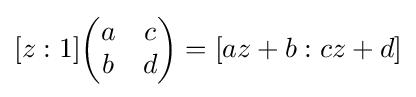
[z:1]{\begin{pmatrix}a&c\\b&d\end{pmatrix}}=[az+b:cz+d]